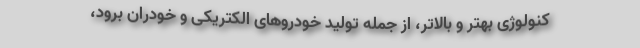
کنولوژی بهتر و بالاتر، از جمله تولید خودروهای الکتریکی و خودران برود،